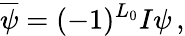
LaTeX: \overline{{\psi}}=(-1)^{L_{0}}I\psi\, ,